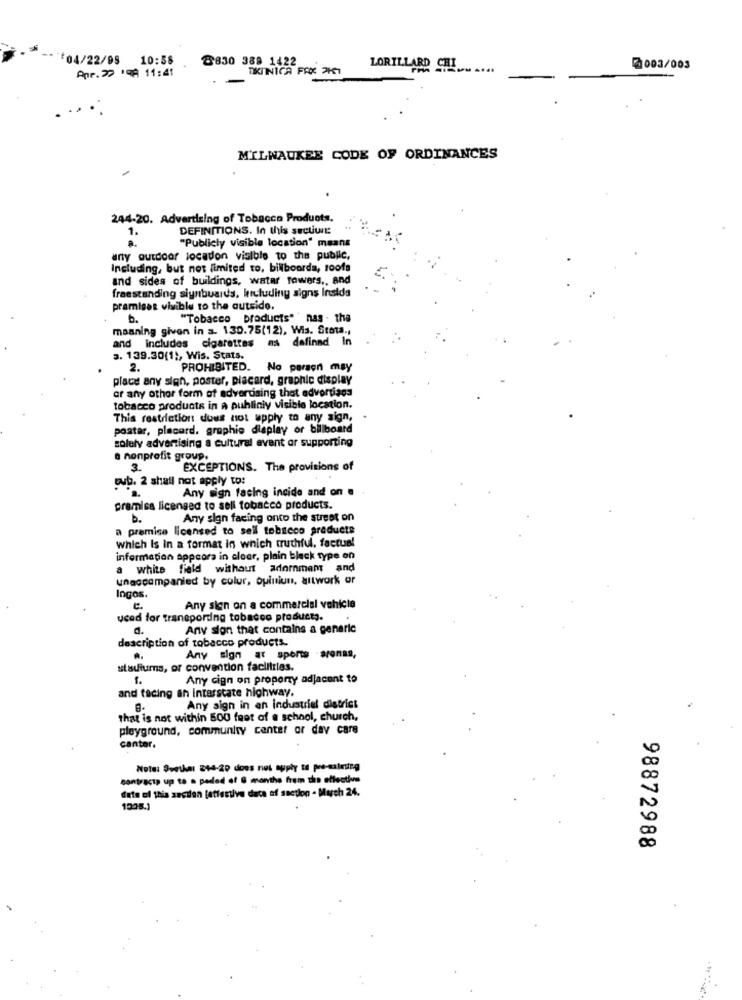
04/22/95
10:58
8830 389 1422
Apr.22 '9A 11:41
TKINICA FAX 2KG1
LORILLARD CHI
2003/003
MILWAUKEE CODE OF ORDINANCES
244-20. Advertising of Tobacco Products.
1.
DEFINITIONS. In this sectiwir
"Publicly visible location" means
any outdoor location visible to the public,
Including, but not limited to, billboorda, roofs
and sides of buildings, water rowers ., and
freestanding slynbuaids, including signs Insida
pramiget visible to the outside.
b.
"Tobacco products"" nas - the
meaning given in a. 130.75(12), Wis. Stota .,
and includes cigarettes as defined In
3. 139.30(1), Wis. Stats.
2.
PROHIBITED. No person may
place any sign, poster, placard, graphic display
or any other form of advertising that advertiags
tobacco products in A puhliniy visible location.
This restriction does not apply to any sign,
postar, placard. graphie display or billboard
solely advertising a cultural avant ar supporting
a nonprofit group.
3.
EXCEPTIONS. The provisions of
pub. 2 shall not apply to:
Any sign facing incide and on .
premisa licensed to sell tobacco products.
b.
Any sign facing onto the street on
a premise licensed to sell tobacco products
which Is in a format in which truthful, factual
information appeora in clear, plain black type on
a white field without adormem and
unaccompanied by colur, opinium, artwork or
Ingos.
e.
Any sign on a commercial vehicle
ucad for transporting tobacco products.
Any sion that contains a generic
description of tobacco products.
Any sign at sports -arenas,
stadiums, or convention faclitrles.
1.
Any cign on proporty adjacent to
and facing an Interstate highway.
Any sign in an industrial district
that is not within 500 feet of a school, church,
pleyground, community center or day care
cantor.
Note: Seether 244-20 does not apply to pre-saleting
contractp up to . paded of 6 months from the effective
date of this section [effective dace of saction - March 24.
1008.1
98872988